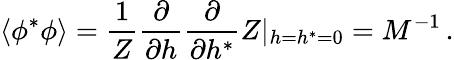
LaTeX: \left\langle\phi^{*}\phi\right\rangle={\frac{1}{Z}}{\frac{\partial}{\partial h}}{\frac{\partial}{\partial h^{*}}}Z|_{h=h^{*}=0}=M^{-1}\, .